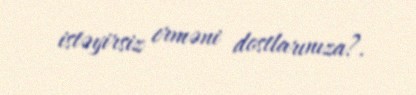
istəyirsiz erməni dostlarınıza?.